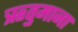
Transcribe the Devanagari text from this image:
ऋतुमाना